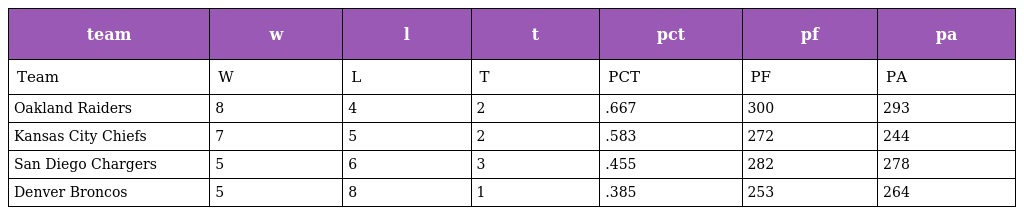
| team | w | l | t | pct | pf | pa |
 | --- | --- | --- | --- | --- | --- | --- |
 | Team | W | L | T | PCT | PF | PA |
 | Oakland Raiders | 8 | 4 | 2 | .667 | 300 | 293 |
 | Kansas City Chiefs | 7 | 5 | 2 | .583 | 272 | 244 |
 | San Diego Chargers | 5 | 6 | 3 | .455 | 282 | 278 |
 | Denver Broncos | 5 | 8 | 1 | .385 | 253 | 264 |